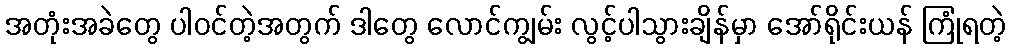
အတုံးအခဲတွေ ပါဝင်တဲ့အတွက် ဒါတွေ လောင်ကျွမ်း လွင့်ပါသွားချိန်မှာ အော်ရိုင်းယန် ကြုံရတဲ့